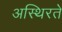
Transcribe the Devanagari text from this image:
अस्थिरते